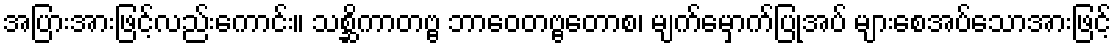
အပြားအားဖြင့်လည်းကောင်း။ သစ္ဆိကာတဗ္ဗ ဘာဝေတဗ္ဗတောစ၊ မျက်မှောက်ပြုအပ် များစေအပ်သောအားဖြင့်